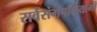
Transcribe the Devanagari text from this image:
सर्वसंगपरित्यागी